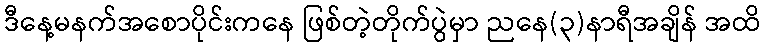
ဒီနေ့မနက်အစောပိုင်းကနေ ဖြစ်တဲ့တိုက်ပွဲမှာ ညနေ(၃)နာရီအချိန် အထိ